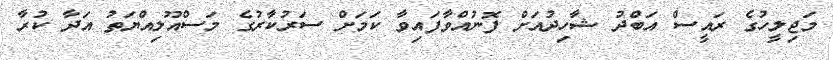
މަޖިލީހުގެ ރައީސް އަބްދު ޝާހިދުއަށް ފޮނުއްވާފައިވާ ކަމަށް ސަރުކާރުގެ މަސްއޫލިއްޔަތު އަދާ ކުރާ